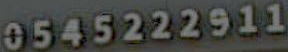
0545222911